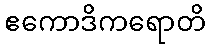
ဧကောဒိကရောတိ